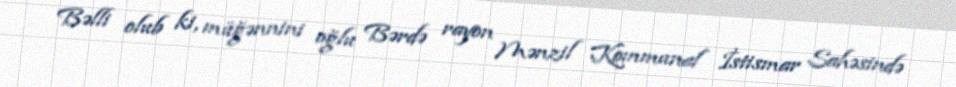
Bəlli olub ki, müğənnini oğlu Bərdə rayon Mənzil Kommunal İstismar Sahəsində